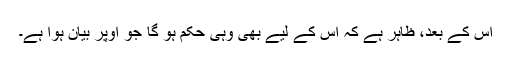
اِس کے بعد، ظاہر ہے کہ اُس کے لیے بھی وہی حکم ہو گا جو اوپر بیان ہوا ہے۔